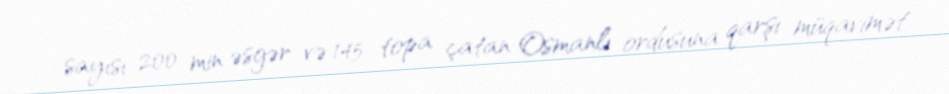
sayısı 200 min əsgər və 145 topa çatan Osmanlı ordusuna qarşı müqavimət